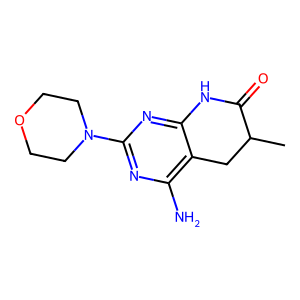
SMILES: CC1Cc2c(N)nc(N3CCOCC3)nc2NC1=O
Inhibits HIV replication: No